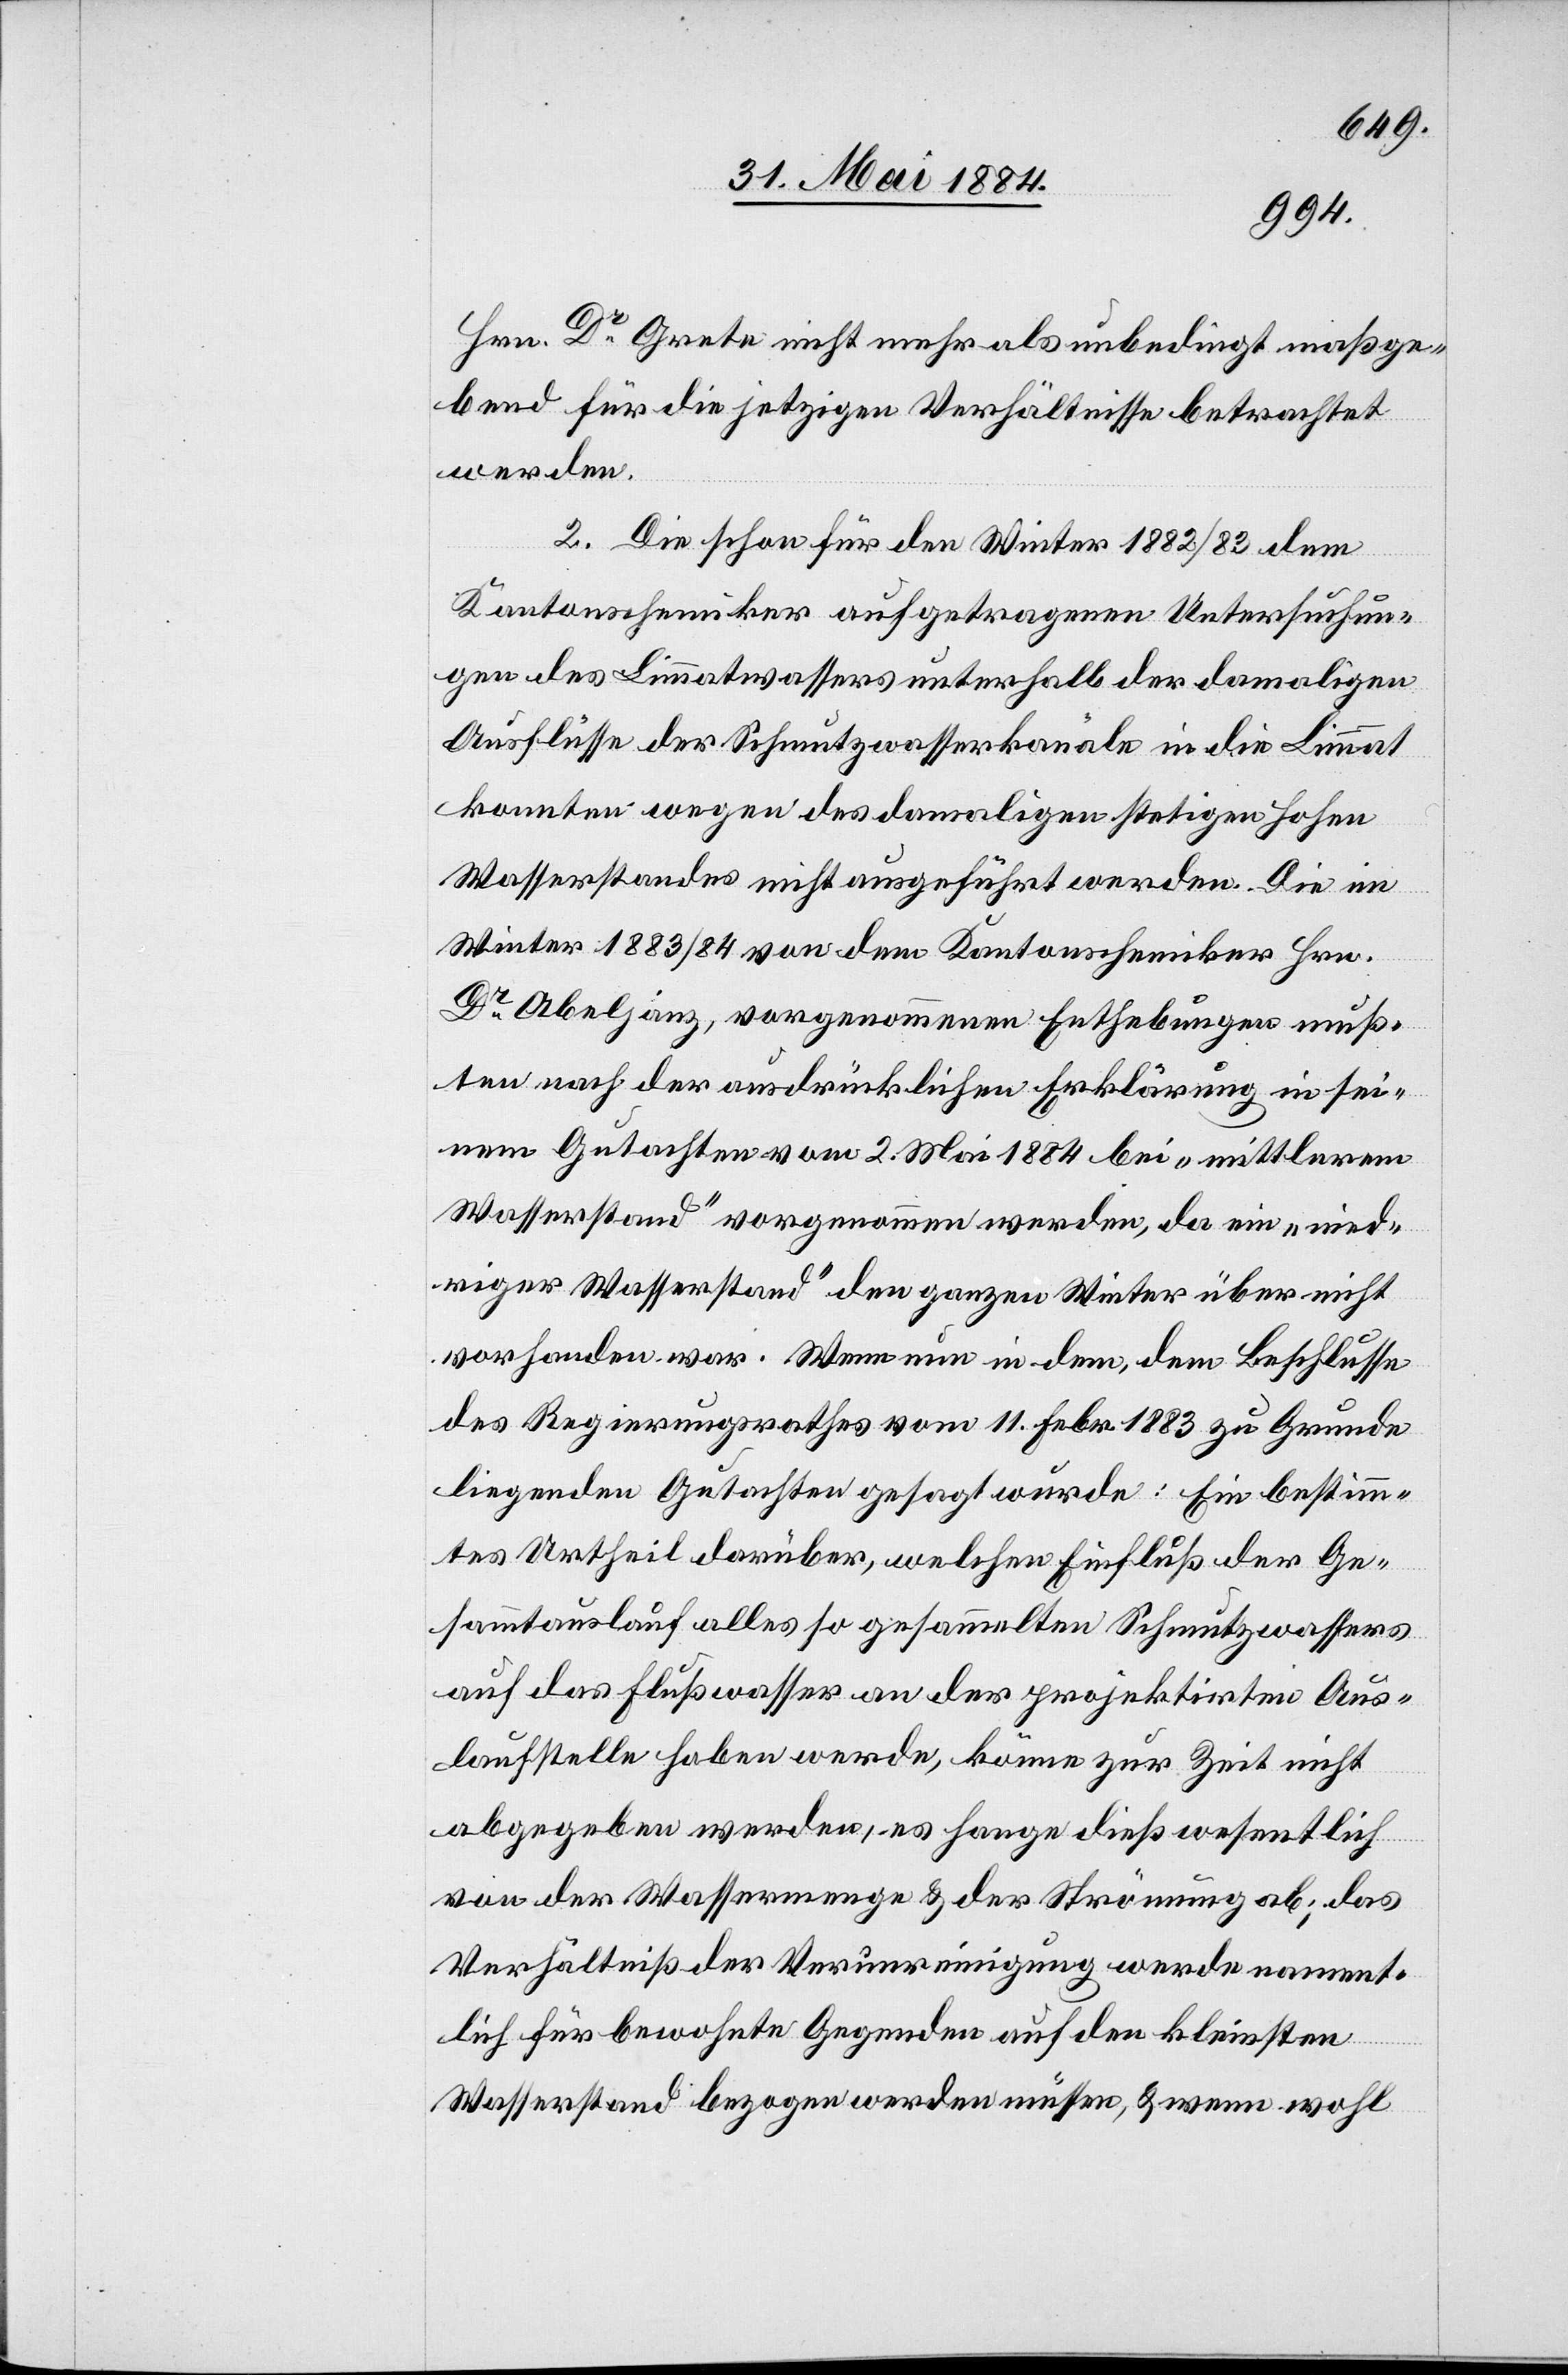
Hrn. Dr Grete nicht mehr als unbedingt maßge¬
bend für die jetzigen Verhältnisse betrachtet
werden.
2. Die schon für den Winter 1882/83 dem
Kantonschemiker aufgetragenen Untersuchun¬
gen des Limmatwassers unterhalb der damaligen
Ausflüsse der Schmutzwasserkanäle in die Limmat
konnten wegen des damaligen stetigen hohen
Wasserstandes nicht ausgeführt werden. Die im
Winter 1883/84 von dem Kantonschemiker Hrn.
Dr Abeljanz, vorgenommenen Enthebungen muß¬
ten nach der ausdrücklichen Erklärung in sei¬
nem Gutachten vom 2. Mai 1884 bei „mittlerem
Wasserstand“ vorgenommen werden, da ein „nied¬
riger Wasserstand“ den ganzen Winter über nicht
vorhanden war. Wenn nun in dem, dem Beschlusse
des Regierungsrathes vom 11. Febr. 1883 zu Grunde
liegenden Gutachten gesagt wurde: Ein bestimm¬
tes Urtheil darüber, welchen Einfluß der Ge¬
sammtauslauf alles so gesammelten Schmutzwassers
auf das Flußwasser an der projektirten Aus¬
laufstelle haben werde, könne zur Zeit nicht
abgegeben werden, es hange dieß wesentlich
von der Wassermenge & der Strömung ab; das
Verhältniß der Verunreinigung werde nament¬
lich für bewohnte Gegenden auf den kleinsten
Wasserstand bezogen werden müssen, & wenn wohl